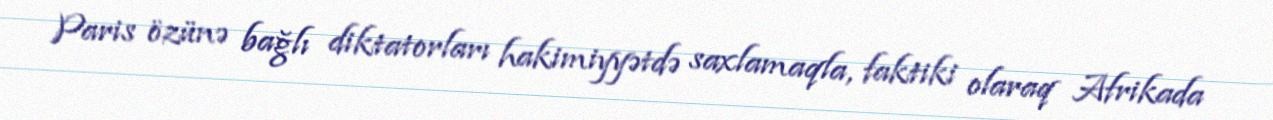
Paris özünə bağlı diktatorları hakimiyyətdə saxlamaqla, faktiki olaraq Afrikada